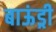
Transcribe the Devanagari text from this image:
बाऊंड्री